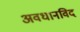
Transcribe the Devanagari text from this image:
अवधानविद